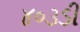
૪૦૩ડી